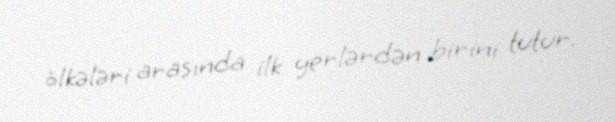
ölkələri arasında ilk yerlərdən birini tutur.